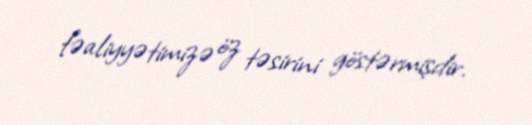
fəaliyyətimizə öz təsirini göstərmişdir.